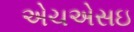
એચએસઇ